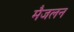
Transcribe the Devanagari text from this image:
मैजलन